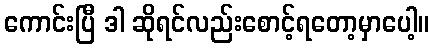
ကောင်းပြီ ဒါ ဆိုရင်လည်းစောင့်ရတော့မှာပေါ့။